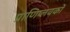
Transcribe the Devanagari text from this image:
प्राणिप्लवकों